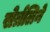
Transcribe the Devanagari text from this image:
सेर्त्रलिने